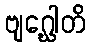
ဗျဂ္ဃေါတိ